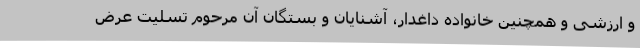
و ارزشی و همچنین خانواده داغدار، آشنایان و بستگان آن مرحوم تسلیت عرض